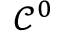
\mathcal { C } ^ { 0 }